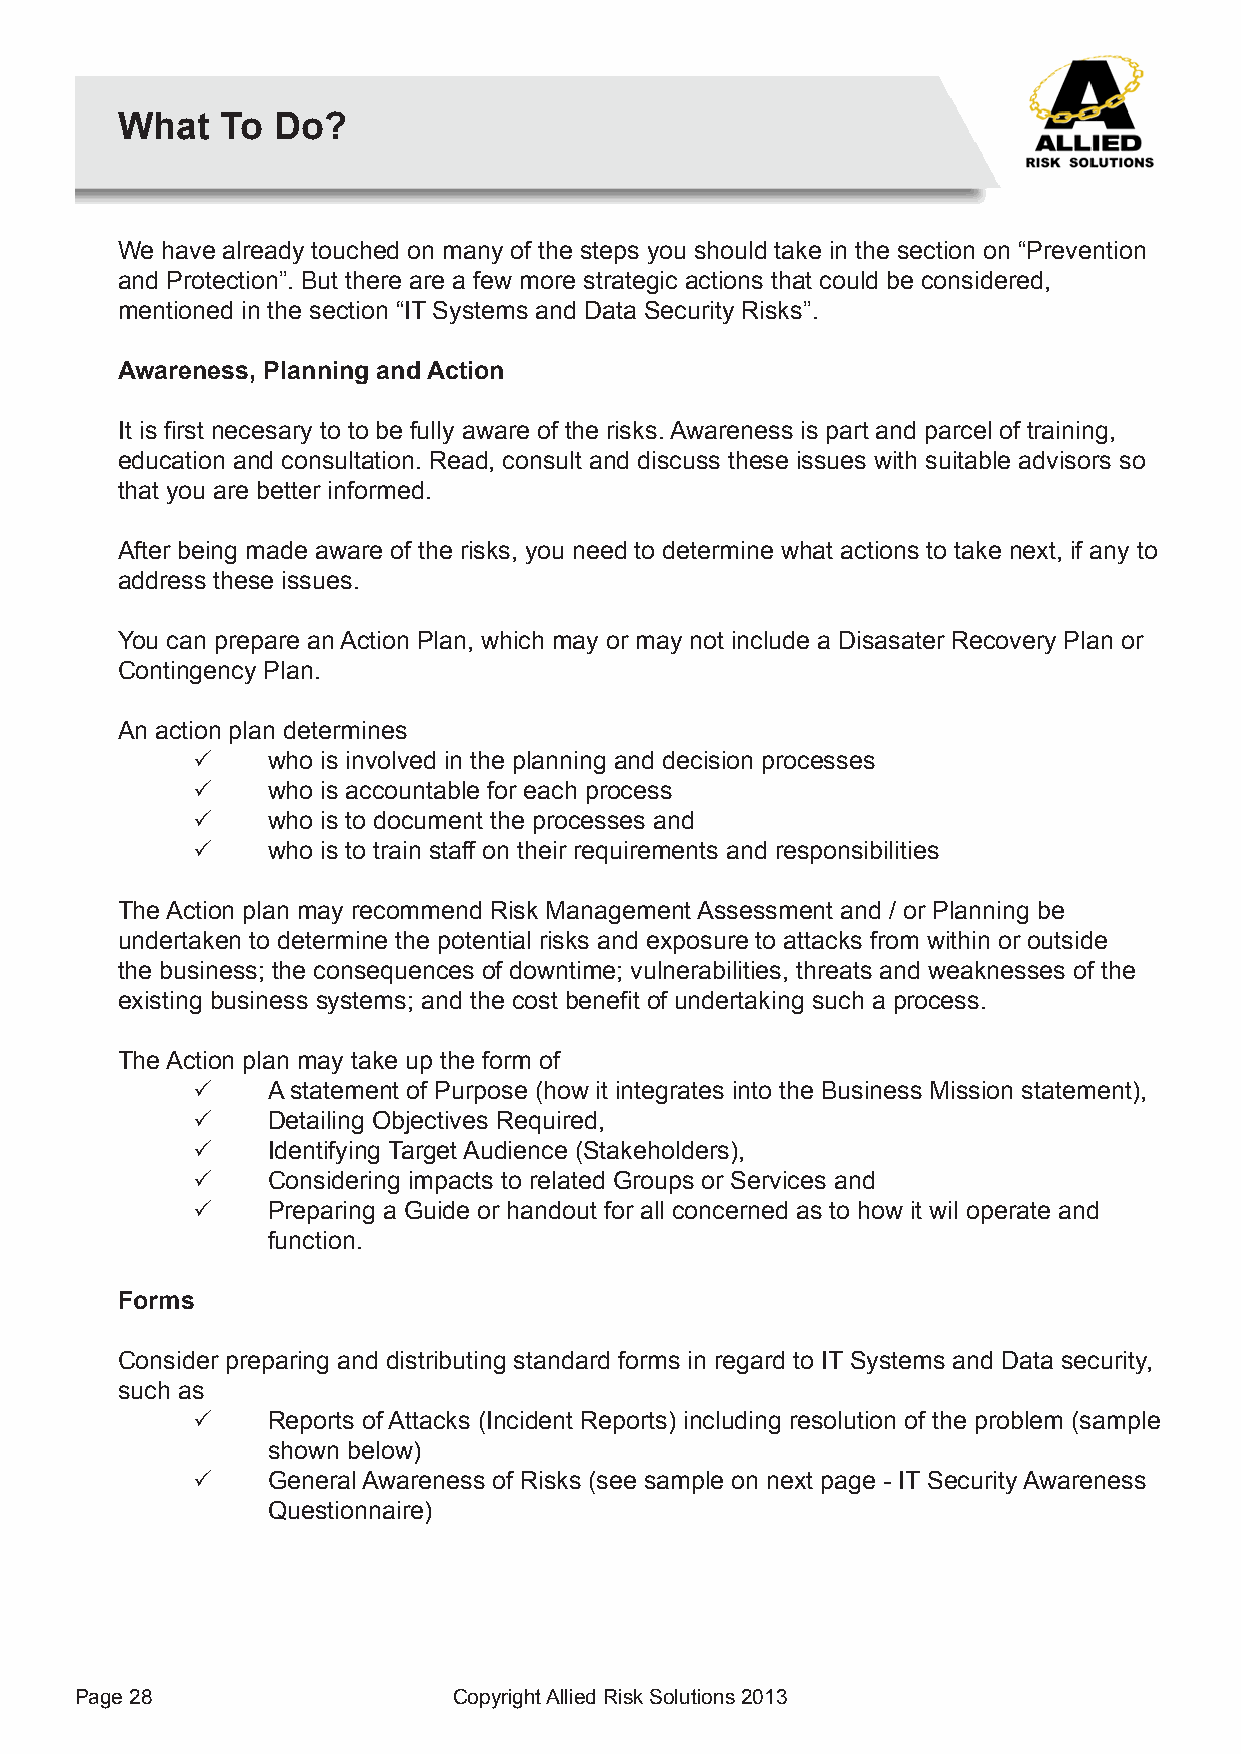
What   To Do?
 We have already touched on many of the steps you should take in the section on “Prevention
 and Protection”. But there are a few more strategic actions that could be considered,
 mentioned in the section “IT Systems and Data Security Risks”.
 Awareness, Planning and Action
 It is first necesary to to be fully aware of the risks. Awareness is part and parcel of training,
 education and consultation. Read, consult and discuss these issues with suitable advisors so
 that you are better informed.
 After being made aware of the risks, you need to determine what actions to take next, if any to
 address these issues.
 You can prepare an Action Plan, which may or may not include a Disasater Recovery Plan or
 Contingency Plan.
 An action plan determines
 P    who is involved in the planning and decision processes
 P    who is accountable for each process
 P    who is to document the processes and
 P    who is to train staff on their requirements and responsibilities
 The Action plan may recommend Risk Management Assessment and / or Planning be
 undertaken to determine the potential risks and exposure to attacks from within or outside
 the business; the consequences of downtime; vulnerabilities, threats and weaknesses of the
 existing business systems; and the cost benefit of undertaking such a process.
 The Action plan may take up the form of
 P    A statement of Purpose (how it integrates into the Business Mission statement),
 P    Detailing Objectives Required,
 P    Identifying Target Audience (Stakeholders),
 P    Considering impacts to related Groups or Services and
 P    Preparing a Guide or handout for all concerned as to how it wil operate and
 function.
 Forms
 Consider preparing and distributing standard forms in regard to IT Systems and Data security,
 such as
 P    Reports of Attacks (Incident Reports) including resolution of the problem (sample
 shown below)
 P    General Awareness of Risks (see sample on next page - IT Security Awareness
 Questionnaire)
 Page 28                  Copyright Allied Risk Solutions 2013